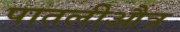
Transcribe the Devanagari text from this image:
पातलीऔत्र